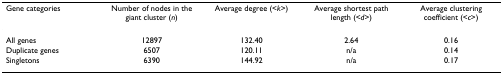
| Gene categories | Number of nodes in the giant cluster (n) | Average degree (<k>) | Average shortest path length (<d>) | Average clustering coefficient (<c>) |
 | --- | --- | --- | --- | --- |
 | All genes | 12897 | 132.40 | 2.64 | 0.16 |
 | Duplicate genes | 6507 | 120.11 | n/a | 0.14 |
 | Singletons | 6390 | 144.92 | n/a | 0.17 |